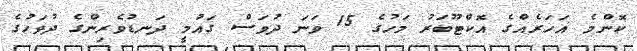
ކޮންމެ އަހަރެއްގެ އޮކްޓޫބަރު މަހުގެ 15 ވަނަ ދުވަސް ގައުމީ ދަނޑުވެރިންގެ ދުވަހުގެ